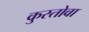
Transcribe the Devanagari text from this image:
कुस्तोवा